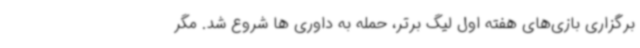
برگزاری بازی‌های هفته اول لیگ برتر، حمله به داوری ها شروع شد. مگر